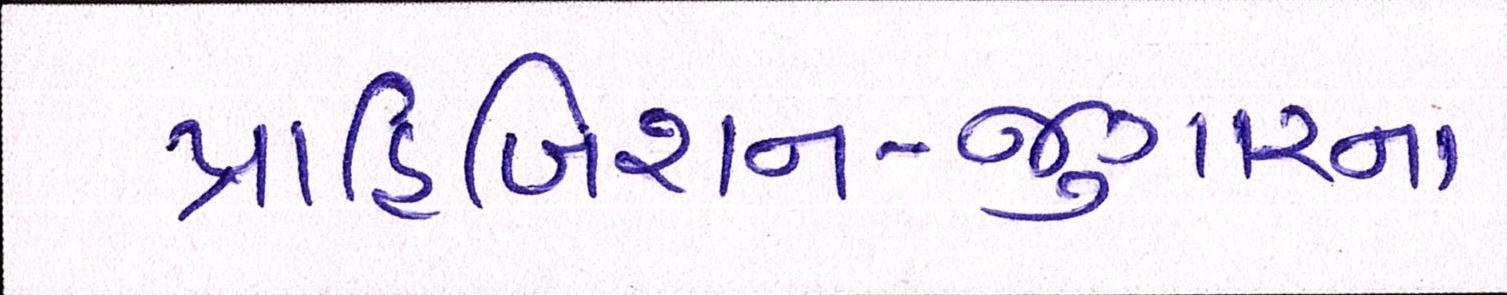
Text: પ્રાહિબિશન-જુગારના